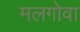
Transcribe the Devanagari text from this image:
मलगोवा